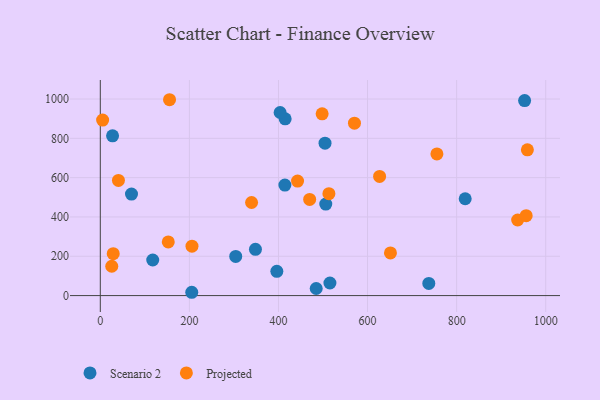
{"axis": {"x": "Price", "y": "Fuel Efficiency"}, "legend": ["Projected", "Scenario 2"], "data": [{"x": "304.0", "y": 199.1, "type": "Scenario 2"}, {"x": "819.2", "y": 492.6, "type": "Scenario 2"}, {"x": "117.7", "y": 181.1, "type": "Scenario 2"}, {"x": "414.4", "y": 562.4, "type": "Scenario 2"}, {"x": "205.3", "y": 16.8, "type": "Scenario 2"}, {"x": "70.0", "y": 516.4, "type": "Scenario 2"}, {"x": "348.3", "y": 235.3, "type": "Scenario 2"}, {"x": "504.5", "y": 775.6, "type": "Scenario 2"}, {"x": "415.0", "y": 899.4, "type": "Scenario 2"}, {"x": "27.5", "y": 812.9, "type": "Scenario 2"}, {"x": "396.3", "y": 123.4, "type": "Scenario 2"}, {"x": "484.7", "y": 36.1, "type": "Scenario 2"}, {"x": "515.5", "y": 64.1, "type": "Scenario 2"}, {"x": "737.5", "y": 61.7, "type": "Scenario 2"}, {"x": "403.7", "y": 931.3, "type": "Scenario 2"}, {"x": "506.2", "y": 465.6, "type": "Scenario 2"}, {"x": "952.6", "y": 992.0, "type": "Scenario 2"}, {"x": "5.2", "y": 892.8, "type": "Projected"}, {"x": "570.6", "y": 876.9, "type": "Projected"}, {"x": "627.0", "y": 606.2, "type": "Projected"}, {"x": "937.0", "y": 384.5, "type": "Projected"}, {"x": "513.2", "y": 518.3, "type": "Projected"}, {"x": "755.7", "y": 720.9, "type": "Projected"}, {"x": "956.1", "y": 406.4, "type": "Projected"}, {"x": "651.4", "y": 216.9, "type": "Projected"}, {"x": "958.8", "y": 741.7, "type": "Projected"}, {"x": "25.7", "y": 149.1, "type": "Projected"}, {"x": "40.7", "y": 585.8, "type": "Projected"}, {"x": "205.8", "y": 251.4, "type": "Projected"}, {"x": "498.0", "y": 924.9, "type": "Projected"}, {"x": "152.6", "y": 273.0, "type": "Projected"}, {"x": "155.4", "y": 996.4, "type": "Projected"}, {"x": "442.8", "y": 582.5, "type": "Projected"}, {"x": "339.6", "y": 473.6, "type": "Projected"}, {"x": "470.0", "y": 489.4, "type": "Projected"}, {"x": "29.0", "y": 213.3, "type": "Projected"}]}